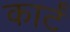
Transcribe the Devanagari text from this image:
कार्टं